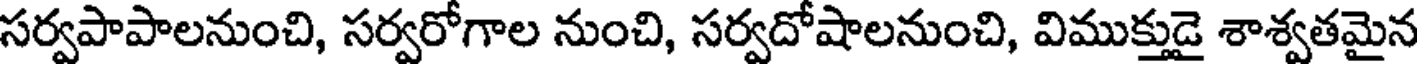
సర్వపాపాలనుంచి, సర్వరోగాల నుంచి, సర్వదోషాలనుంచి, విముక్తుడై శాశ్వతమైన